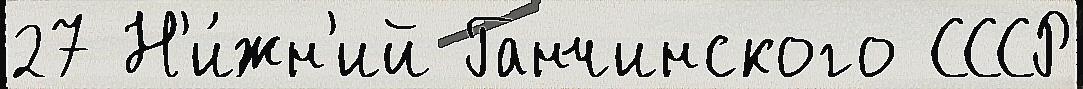
27 Н'и́жн'ий Ганчинского СССР